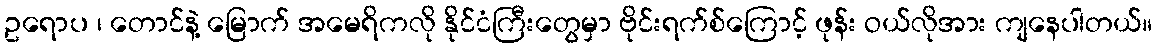
ဥရောပ ၊ တောင်နဲ့ မြောက် အမေရိကလို နိုင်ငံကြီးတွေမှာ ဗိုင်းရက်စ်ကြောင့် ဖုန်း ဝယ်လိုအား ကျနေပါတယ်။